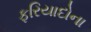
ફરિયાદોના